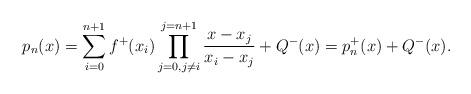
LaTeX: \begin{align*}\begin{aligned}p_n(x)=\sum_{i=0}^{n+1}f^{+}(x_i)\prod_{j=0, j\neq i}^{j=n+1}\dfrac{x-x_j}{x_i-x_j}+Q^-(x)=p^+_n(x)+Q^-(x).\end{aligned}\end{align*}